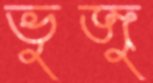
ভুজু